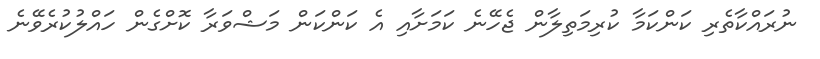
ނުރައްކާތެރި ކަންކަމާ ކުރިމަތިލާން ޖެހޭނެ ކަމަށާއި އެ ކަންކަން މަޝްވަރާ ކޮށްގެން ހައްލުކުރެވޭނެ